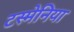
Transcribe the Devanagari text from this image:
टस्मेनिया